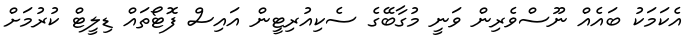
އެކަމަކު ބައެއް ނޫސްވެރިން ވަނީ މުގާބޭގެ ސެކިއުރިޓީން އައިސް ފޮޓޯތައް ޑިލީޓް ކުރުމަށް